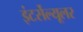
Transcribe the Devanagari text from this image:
इंटर्सेल्यूलर